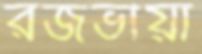
রজভীয়া